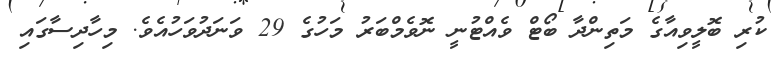
ކުރި ބޮލީވިއާގެ މަތިންދާ ބޯޓް ވެއްޓުނީ ނޮވެމްބަރު މަހުގެ 29 ވަނަދުވަހުއެވެ. މިހާދިސާގައި